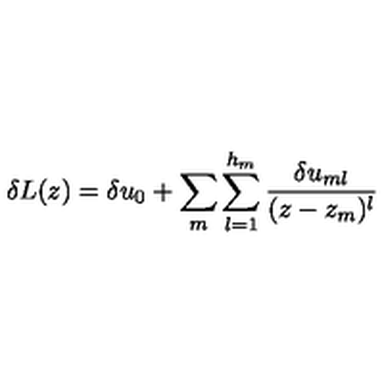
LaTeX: \delta L ( z ) = \delta u _ { 0 } + \sum _ { m } \sum _ { l = 1 } ^ { h _ { m } } { \frac { \delta u _ { m l } } { ( z - z _ { m } ) ^ { l } } }